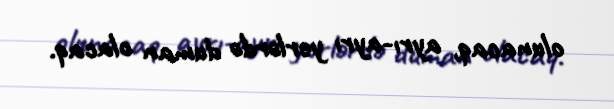
olunacaq, ayrı-ayrı yerlərdə duman olacaq.